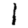
Digit: 1